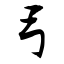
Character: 弓